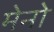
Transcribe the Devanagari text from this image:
मेनो